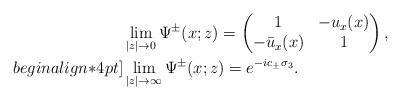
LaTeX: \begin{align*}&\lim _{|z| \rightarrow 0} \Psi^{\pm}(x;z) =\begin{pmatrix}1 &-u_x(x)\\-\bar{u}_x(x)&1\end{pmatrix},\\begin{align*}4pt]&\lim_{|z| \rightarrow \infty}\Psi^{\pm}(x;z)=e^{-ic_\pm\sigma_3}.\end{align*}